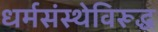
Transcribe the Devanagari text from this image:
धर्मसंस्थेविरूद्ध